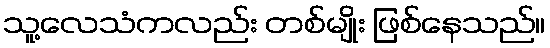
သူ့လေသံကလည်း တစ်မျိုး ဖြစ်နေသည်။